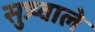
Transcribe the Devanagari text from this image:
सुन्न्य्वाले